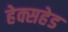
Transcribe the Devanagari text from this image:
हेक्सहेड